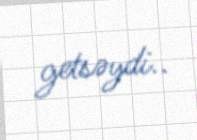
getsəydi..